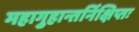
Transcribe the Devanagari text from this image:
महागुहान्तर्निक्षिप्तः